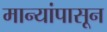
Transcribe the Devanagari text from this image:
मान्यांपासून